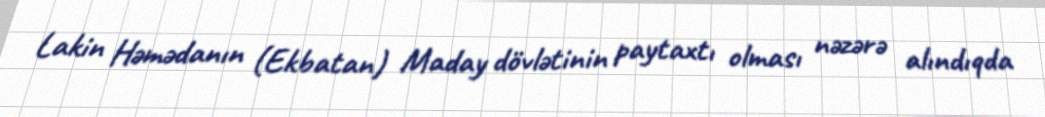
Lakin Həmədanın (Ekbatan) Maday dövlətinin paytaxtı olması nəzərə alındıqda